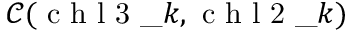
\mathcal { C } ( \mathrm { ~ c ~ h ~ l ~ 3 ~ } \_ { k } , \mathrm { ~ c ~ h ~ l ~ 2 ~ } \_ { k } )